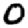
Digit: 0